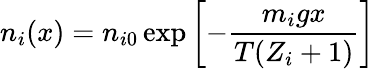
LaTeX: n_{i}(x)=n_{i0}\exp\left[-{\frac{m_{i}gx}{T(Z_{i}+1)}}\right]